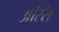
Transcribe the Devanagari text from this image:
अस्सि